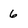
Character: 6